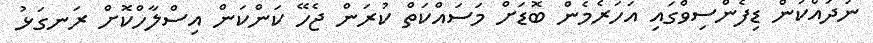
ނުދައްކަން ޑިފެންސިވްގައި އަހަރެމެން ބޮޑަށް މަސައްކަތް ކުރަން ޖެހޭ ކަންކަން އިސްލާހްކޮށް ރަނގަޅު